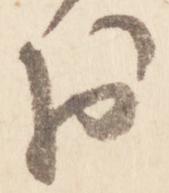
於